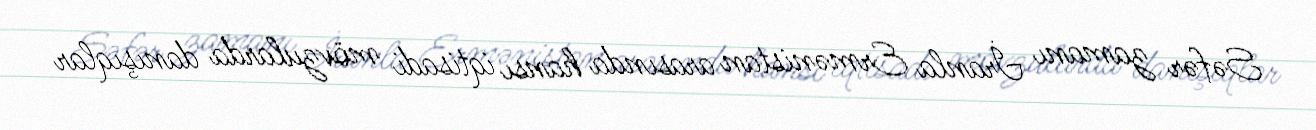
Səfər zamanı İranla Ermənistan arasında hansı iqtisadi mövzularda danışıqlar